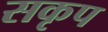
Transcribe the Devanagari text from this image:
सकृप